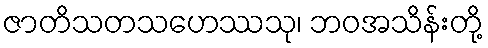
ဇာတိသတသဟေဿသု၊ ဘဝအသိန်းတို့